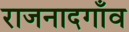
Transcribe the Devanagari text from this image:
राजनादगाँव